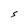
Character: S